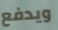
ويدفع